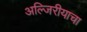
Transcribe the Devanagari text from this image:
अल्जिरीयाचा